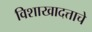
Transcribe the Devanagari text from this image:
विशाखादत्ताचे